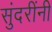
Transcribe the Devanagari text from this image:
सुंदरींनी